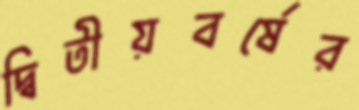
দ্বিতীয়বর্ষের